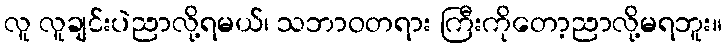
လူ လူချင်းပဲညာလို့ရမယ်၊ သဘာဝတရား ကြီးကိုတော့ညာလို့မရဘူး။